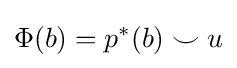
\Phi (b)=p^{*}(b)\smile u